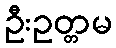
ဦးဥတ္တမ